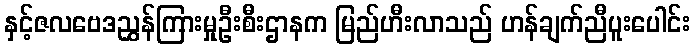
နှင့်ဇလဗေဒညွှန်ကြားမှုဦးစီးဌာနက မြည်ဟီးလာသည် ဟန်ချက်ညီပူးပေါင်း